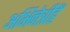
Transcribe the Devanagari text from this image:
अभिनेत्रीहैं